system: You are a helpful assistant.
user:
Analyze the provided spectrum to determine if it is a **"Cataclysmic Variables (CV)"**.

- **Key Indicators for CV (Check for either state):**
    - **State 1: Quiescent / Low-State (Emission-Dominated)**
        - **(Primary):** Strong and *very broad* Hydrogen Balmer emission lines (e.g., $H\alpha$ at 6563 Å, $H\beta$ at 4861 Å). The 'broadness' (high velocity dispersion, often FWHM > 1000 km/s) is the key diagnostic, indicating a high-velocity accretion disk.
        - **(Secondary):** Broad neutral Helium (He I) emission lines (e.g., 5876 Å, 6678 Å).
        - **(Key Confirmation):** Presence of high-excitation *ionized* Helium (He II) emission at 4686 Å. This is a strong indicator of accretion onto a white dwarf.
        - **(Line Profile):** Emission lines may exhibit a 'double-peaked' profile, which is a classic signature of a rotating accretion disk viewed at high inclination.

    - **State 2: Outburst / High-State (Absorption-Dominated)**
        - **(Primary):** Spectrum is dominated by a bright, blue continuum (looks like a hot star).
        - **(Secondary):** The emission lines from State 1 are weak, absent, or 'filled in', and are replaced by broad, shallow *absorption* lines (primarily Balmer and He I).
        - **(Morphology):** The overall spectrum mimics a hot B/A-type star. The crucial difference is that the absorption lines are significantly broader, shallower, and more 'washed-out' (or 'smeared') than the sharp lines of a normal stellar photosphere, due to high rotational speeds and pressure broadening in the disk.

Think first, call **spectral_visualization_tool** if needed to examine features in detail, then provide your final answer. Your response must adhere to the following strict rules:
1.  **Overall Structure:** Your response must follow the format `<think>...</think> <tool_call>...</tool_call> (if a tool is used) <answer>...</answer>`.
2.  **Tool Usage Constraint:** You may only make **one** tool call per turn.
3.  **Final Answer Format:** In the `<answer>` tag, your conclusion must be inside a `\boxed{}` command (e.g., `\boxed{YES}`), followed by your justification.

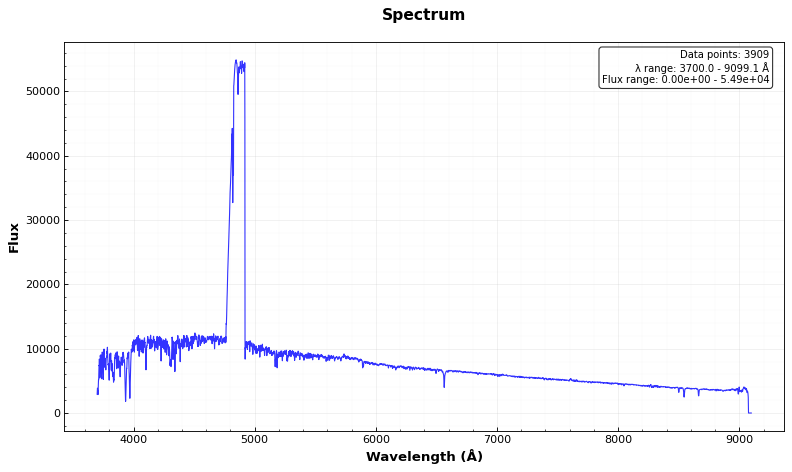
Answer: NO